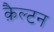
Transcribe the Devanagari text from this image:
क़ैल्टन